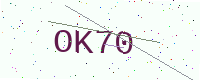
Text: OK70